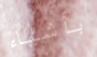
بأشياء